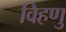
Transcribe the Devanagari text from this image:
विहणु